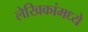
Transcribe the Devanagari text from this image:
लेखिकांमध्ये